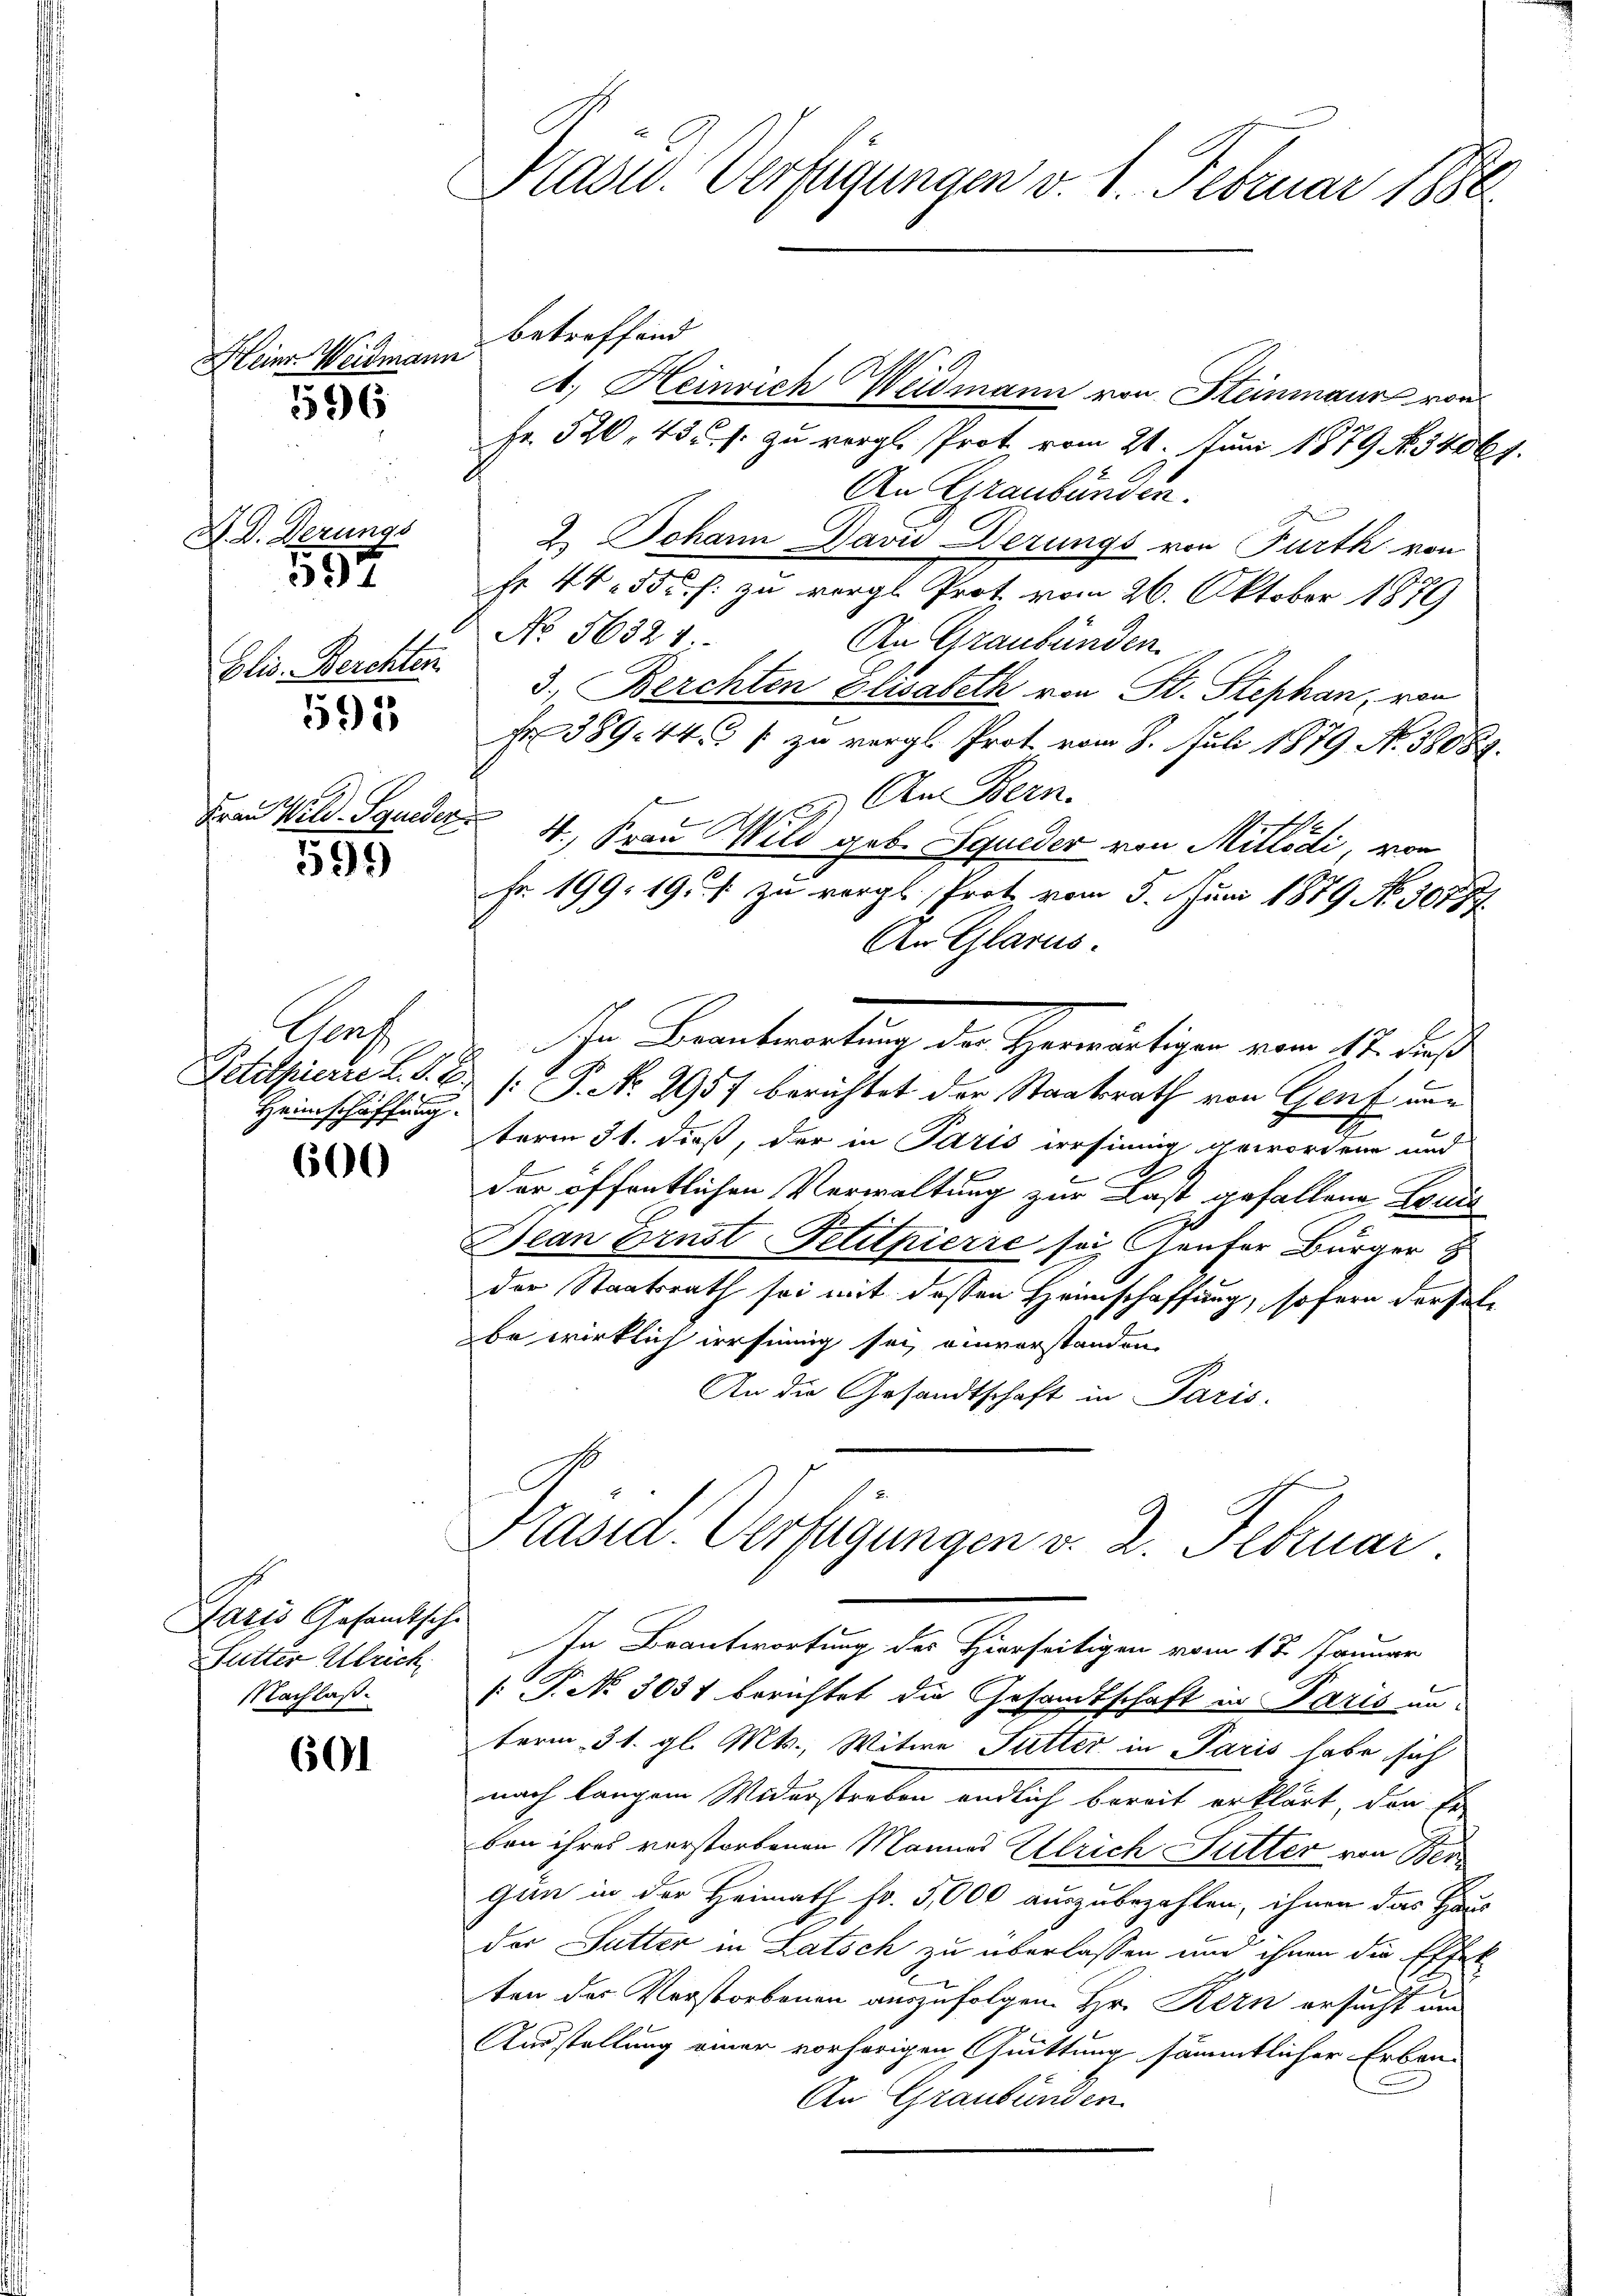
Heinr. Weidmann

1596

Elis. Berchten.

N. V. Derungs
197

595

Frau Wild-Squeder

599)

Nach ge
Petitpierre L. v. 6.
Heimschaffung.

600

Paris Gesandtsche
Futter Abrich
Nachlaß.

601

Präsid. Verfügungen v. 1. Februar 1880

betreffend
1. Heinrich Weidmann von Steinmaur von
Fr. 520, 43 u. s. zu vergl. Prot vom 21. Juni 1879 No 34061.
An Graubünden.
2. Johann Daviderungs von Fürth von
Nr. 40. 55 f: zu vergl. Prot vom 26. Oktober 1879
No 56321.
An Graubünden.
3.) Berchten Elisabeth von St. Stephan, von
Fr 389. 441 zu vergl. Prot vom 8. Juli 1879 No 58084.
2. An Bern.
.
4., Frau Wild geb. Squeder von Mitlödi, von
Fr. 199. 19. zu vergl. Prot vom 5. Juni 1879 No 30787
An Glarus.
[: P. No. 2957 berichtet der Staatsrath von Genf unterm 31. dieß, der in Paris irrsinnig gewordene und
.
der öffentlichen Verwaltung zur Last gefallene Louis
Dean Ernst Petithierre sei Genfer Bürger
der Staatsrath sei mit dessen Heimschaffung, sofern derselbe wirklich dersinnig sei, einverstanden.
An die Gesandtschaft in Paris.
Präsid. Verfügungen v. 2. Februar
In Beantwortung des Hierseitigen vom 17. Januar
 P. No. 3034 berichtet die Gesandtschaft in Paris un-
term 31. gl. Mts., Witwe Futter in Paris habe sich
nach langem Widerstreben endlich bereit erklärt, den se
ben ihres verstorbenen Mannes Ulrich Sutter von Ber
gun in der Heimath Fr. 5,000 auszubezahlen, ihnen das Haus
der Sutter in Latsch zu überlassen und ihnen die Effek
ten der Verstorbenen auszufolgen. Hr. Kern ersucht um
Ausstellung einer vorherigen Quittung sämmtlicher Erben-
An Graubünden

Ihr Beantwortung des Herwärtigen vom 11. dieß